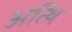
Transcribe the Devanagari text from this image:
अत्थि